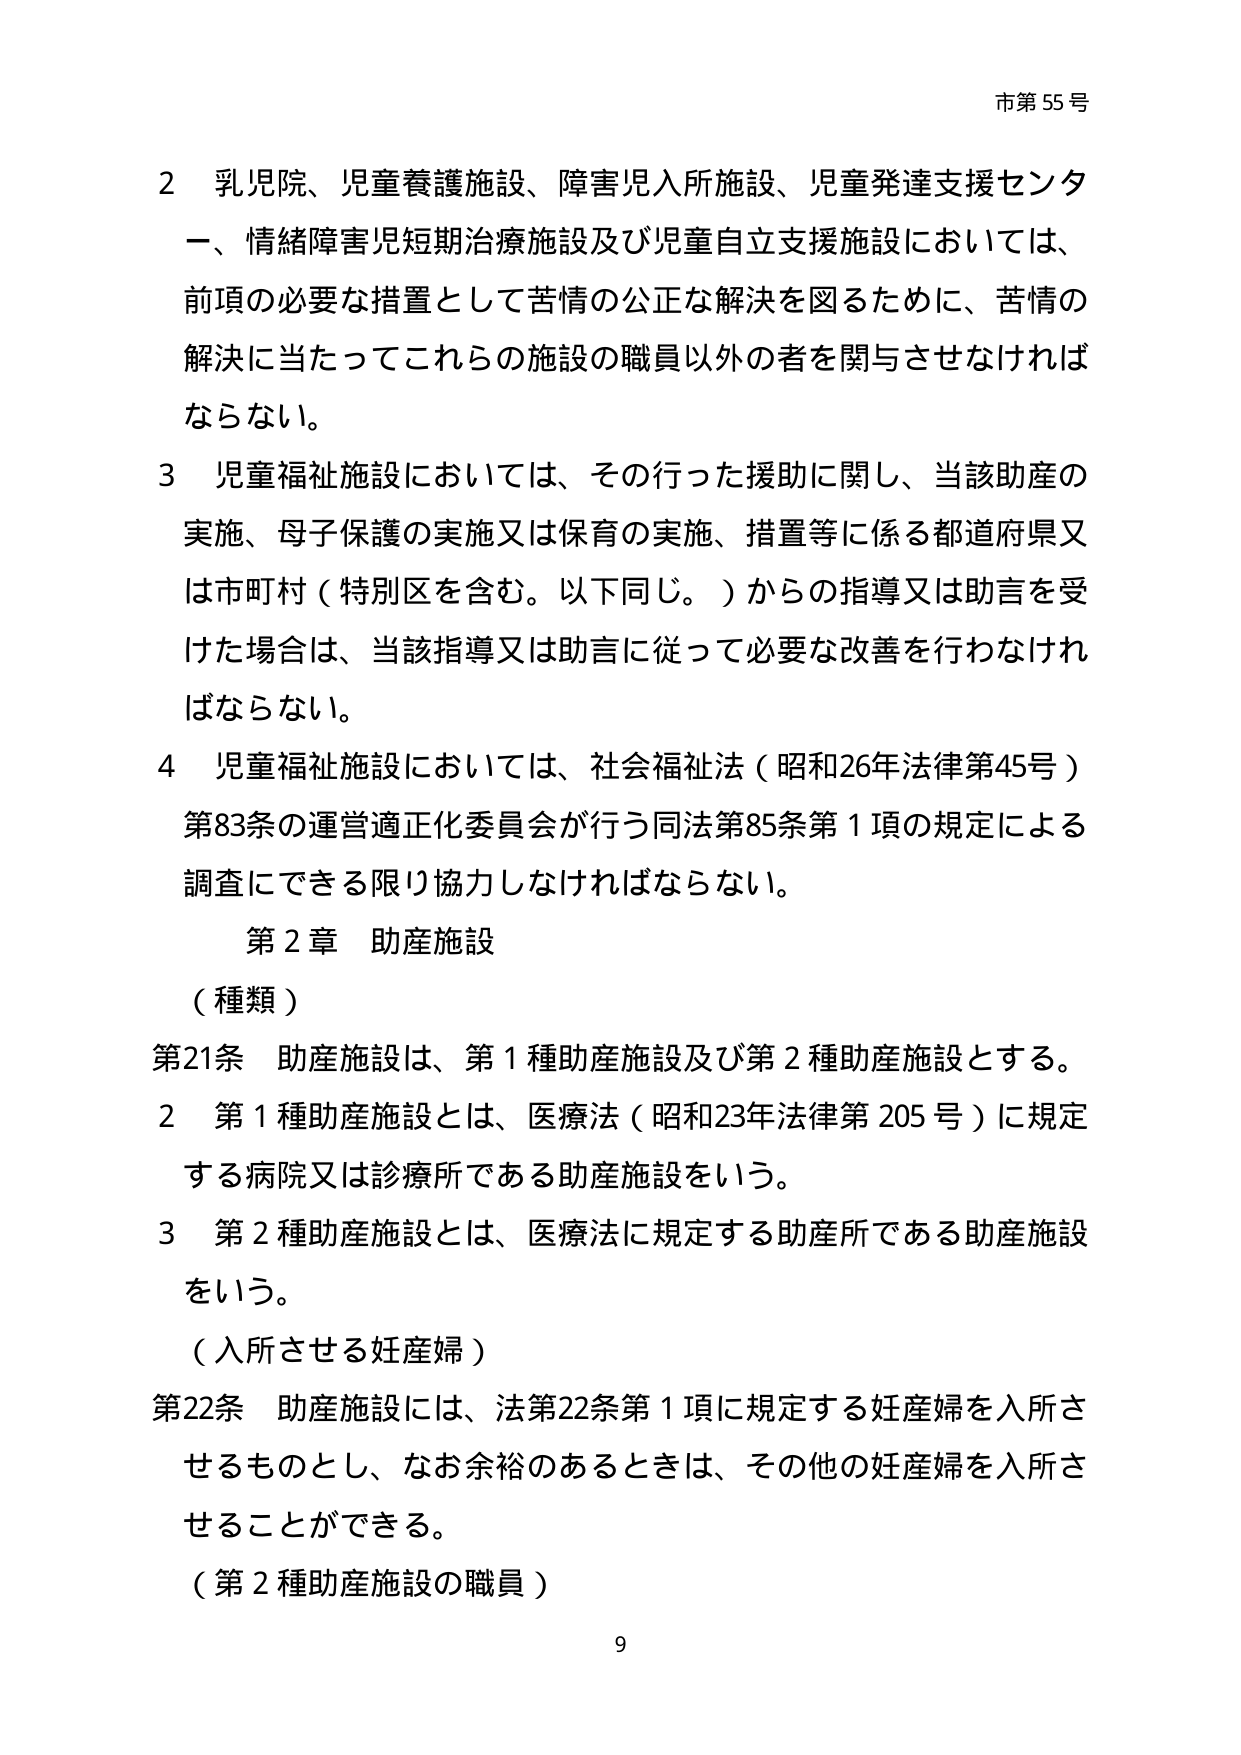
市第55号

2 乳児院、児童養護施設、障害児入所施設、児童発達支援センター、情緒障害児短期治療施設及び児童自立支援施設については、前項の必要な措置として苦情の公正な解決を図るために、苦情の解決に当たってこれらの施設の職員以外の者を関与させなければならない。

3 児童福祉施設においては、その行った援助に関し、当該助産の実施、母子保護の実施又は保育の実施、措置等に係る都道府県又は市町村（特別区を含む。以下同じ。）からの指導又は助言を受けた場合は、当該指導又は助言に従って必要な改善を行わなければならない。

4 児童福祉施設においては、社会福祉法（昭和26年法律第45号）第83条の運営適正化委員会が行う同法第85条第1項の規定による調査にできる限り協力しなければならない。

第2章 助産施設

（種類）

第21条 助産施設は、第1種助産施設及び第2種助産施設とする。

2 第1種助産施設とは、医療法（昭和23年法律第205号）に規定する病院又は診療所である助産施設をいう。

3 第2種助産施設とは、医療法に規定する助産所である助産施設をいう。

（入所させる妊産婦）

第22条 助産施設には、法第22条第1項に規定する妊産婦を入所させるものとし、なお余裕のあるときは、その他の妊産婦を入所させることができる。

（第2種助産施設の職員）

9